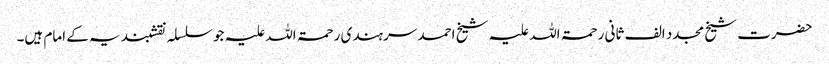
حضرت شیخ مجدد الف ثانی رحمۃ اللہ علیہ شیخ احمد سرہندی رحمۃ اللہ علیہ جو سلسلہ نقشبندیہ کے امام ہیں۔